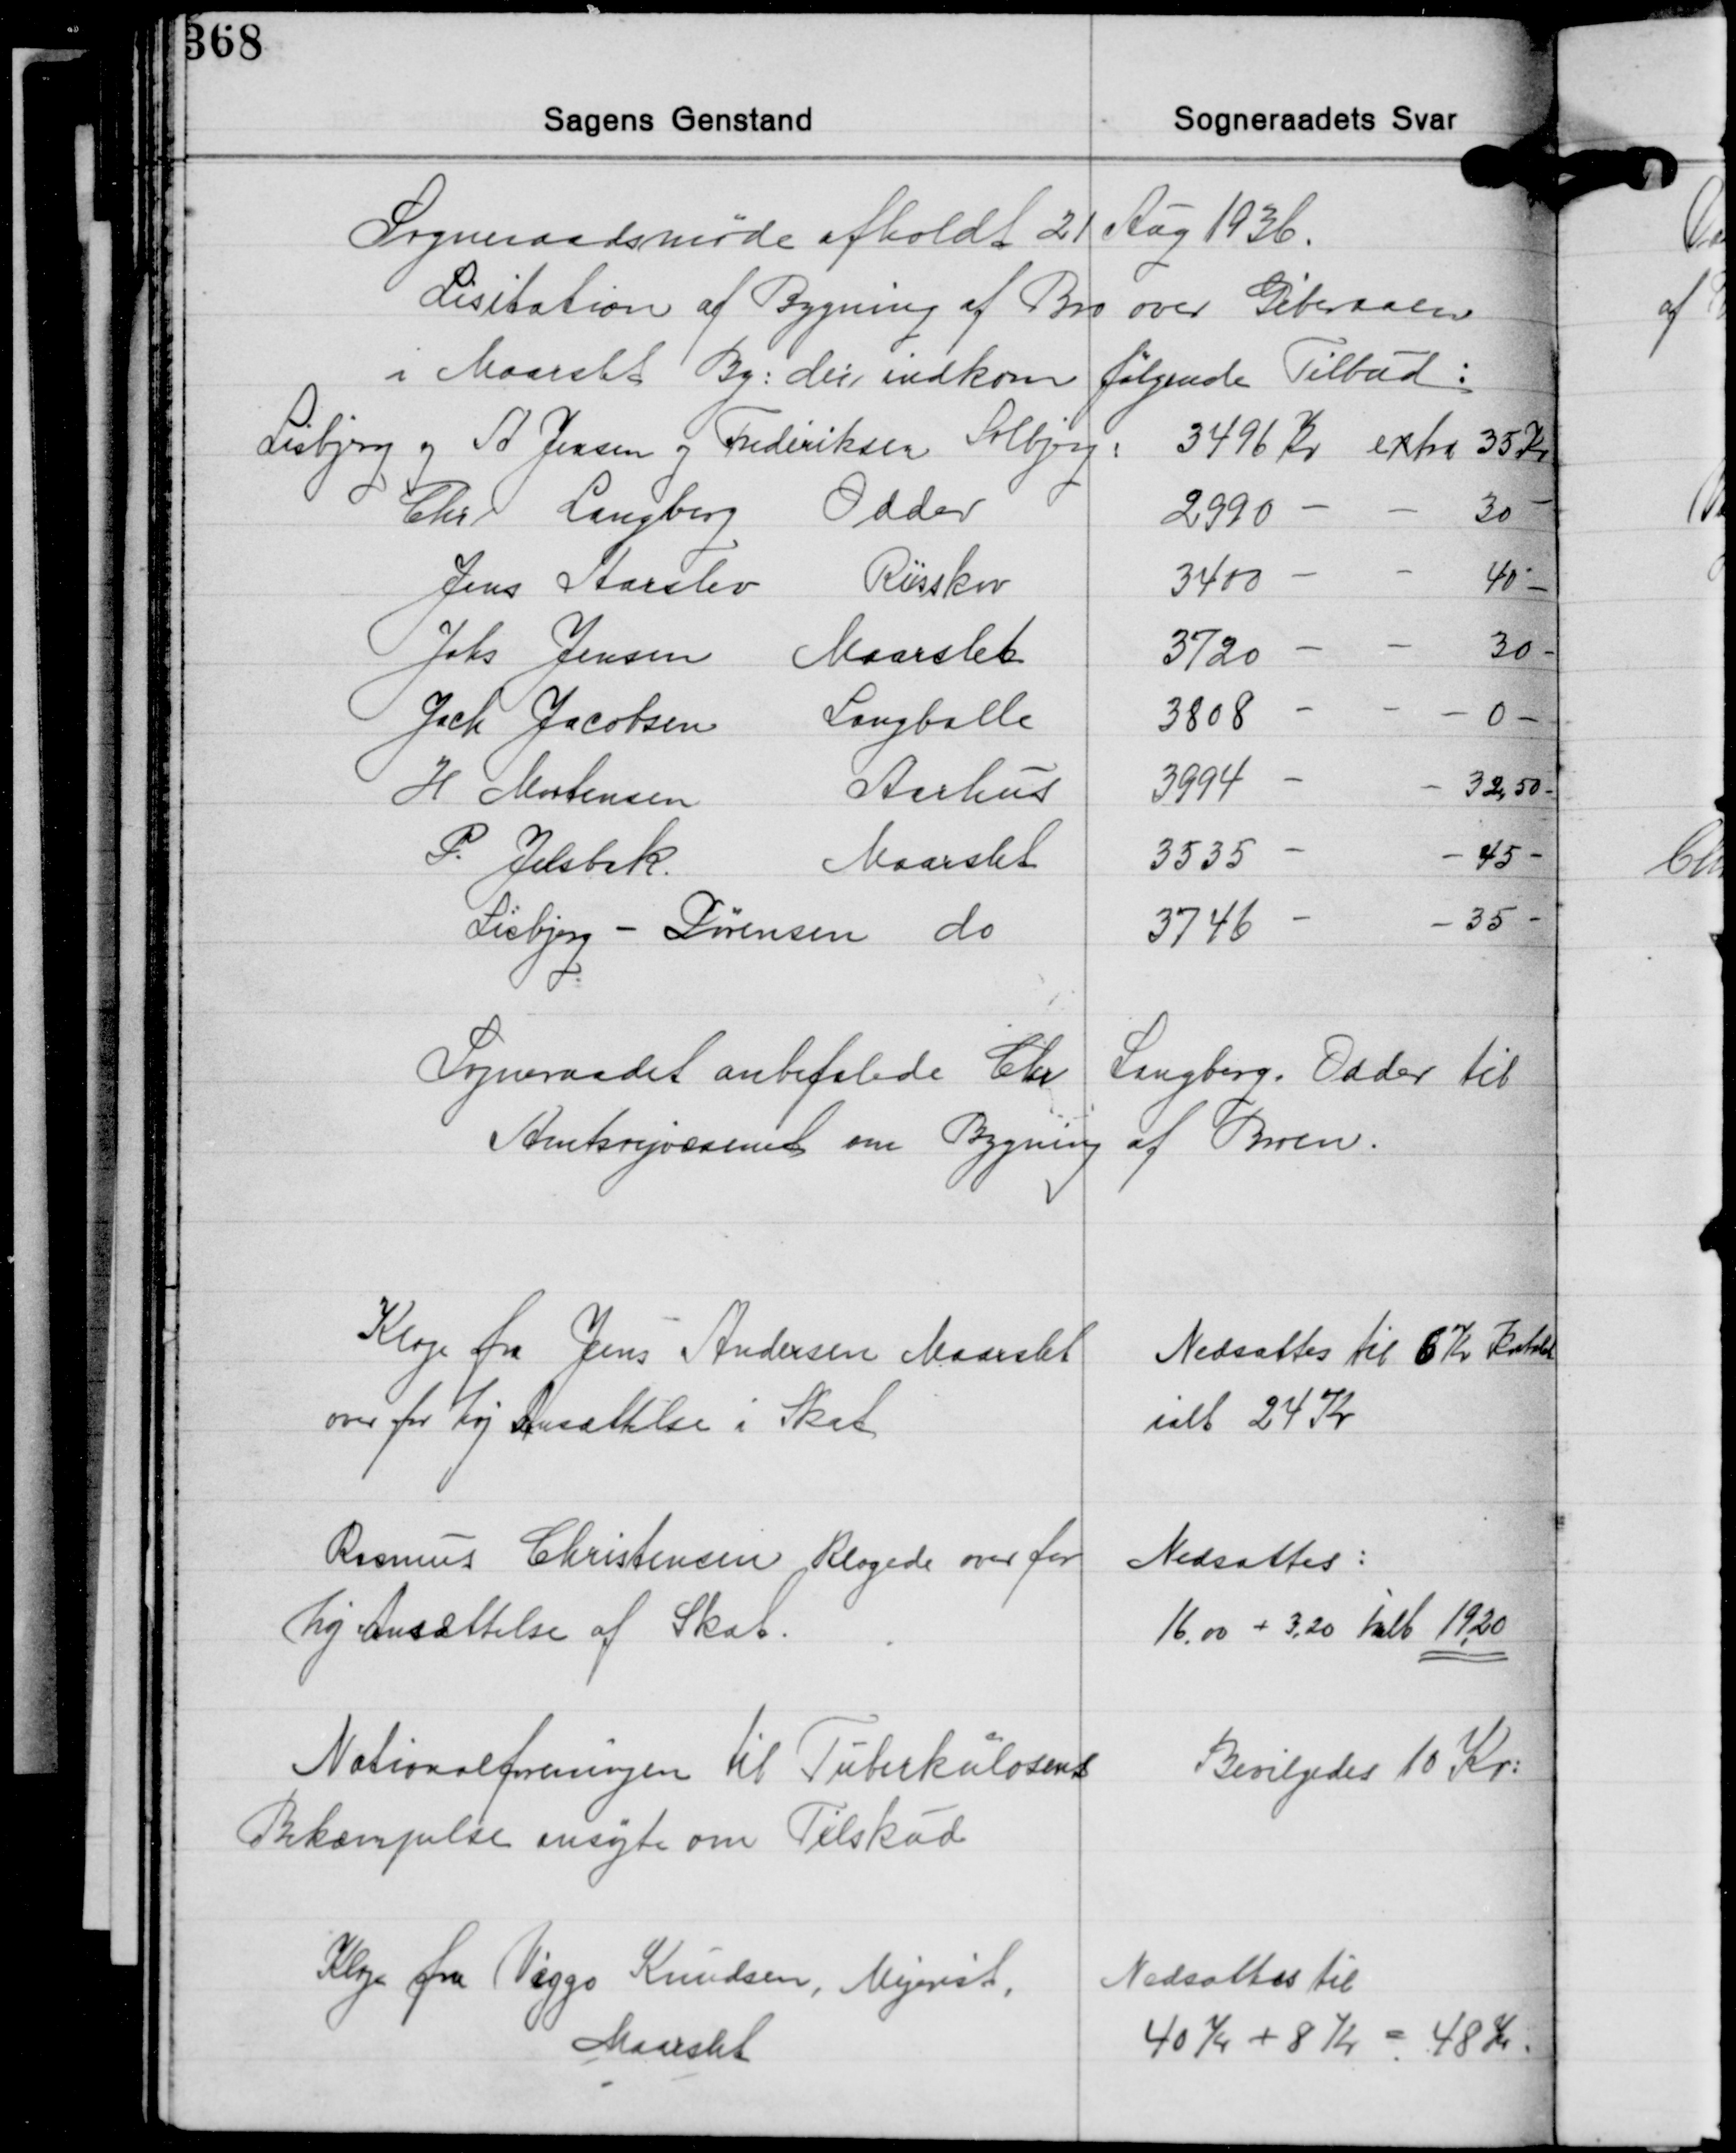
Transskription:
Sogneraadsmøde afholdt 21 Aug. 1936.

Lisitation af Bygning af Bro over Giberaaen
i Maarslet By, der indkom følgende Tilbud:

Lisbjerg og A. Jensen og Frederiksen Solbjerg
Chr. Langberg, Odder
Jens Aarslev Riisskov
Johs. Jensen Maarslet
Jach. Jacobsen Langballe
H. Mortensen Aarhus
P. Jelsbak. Maarslet
Lisbjerg - Sørensen do

3496 kr. extra 35 Kr.
2990 - - 30 -
3400 - - 40 -
3720 - - 30 -
3808 - - 0 -
3994 - - 32,50 -
3535 - - 45 -
3746 - - 35 -

Sogneraadet anbefalede Chr.
Langberg Odder til
Amtsvejvæsenet om Bygning af Broen.

Klage fra Jens Andersen Maarslet
om for Ansættelse i Skat

Nedsattes til 6 Kr. Kvartal
ialt 24 Kr.

Rasmus Christensen, Klagede over for
høj ansættelse af Skat.

Nedsattes:
16.00 + 3,20 Ialt 19,20

Nationalforeningen til Tuberkulosens
Bekæmpelse ansøgte om Tilskud

Bevilgedes 10 Kr.

Klage fra Viggo Knudsen, Mejeriet,
Maarslet

Nedsattes til
40 Kr. + 8 Kr. = 48 Kr.